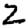
Digit: 2